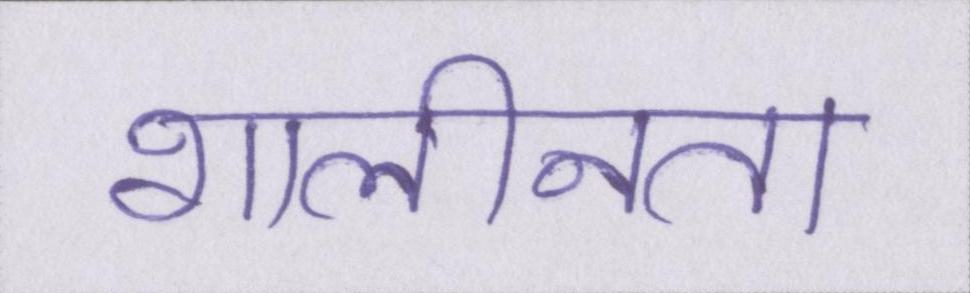
शालीनता